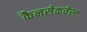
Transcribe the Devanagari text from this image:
कैनसेकवेस्ट